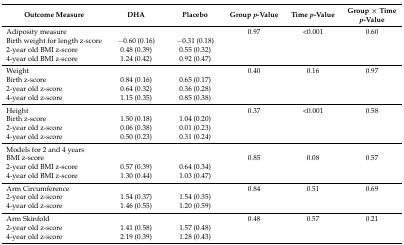
| Outcome Measure | DHA | Placebo | Group p-Value | Time p-Value | Group × Time p-Value |
 | --- | --- | --- | --- | --- | --- |
 | Adiposity measure |  |  | 0.97 | <0.001 | 0.60 |
 | Birth weight for length z-score | −0.60 (0.16) | −0.31 (0.18) |  |  |  |
 | 2-year old BMI z-score | 0.48 (0.39) | 0.55 (0.32) |  |  |  |
 | 4-year old BMI z-score | 1.24 (0.42) | 0.92 (0.47) |  |  |  |
 | Weight |  |  | 0.40 | 0.16 | 0.97 |
 | Birth z-score | 0.84 (0.16) | 0.65 (0.17) |  |  |  |
 | 2-year old z-score | 0.64 (0.32) | 0.36 (0.28) |  |  |  |
 | 4-year old z-score | 1.15 (0.35) | 0.85 (0.38) |  |  |  |
 | Height |  |  | 0.37 | <0.001 | 0.58 |
 | Birth z-score | 1.50 (0.18) | 1.04 (0.20) |  |  |  |
 | 2-year old z-score | 0.06 (0.38) | 0.01 (0.23) |  |  |  |
 | 4-year old z-score | 0.50 (0.23) | 0.31 (0.24) |  |  |  |
 | Models for 2 and 4 years |  |  |  |  |  |
 | BMI z-score |  |  | 0.85 | 0.08 | 0.57 |
 | 2-year old BMI z-score | 0.57 (0.39) | 0.64 (0.34) |  |  |  |
 | 4-year old BMI z-score | 1.30 (0.44) | 1.03 (0.47) |  |  |  |
 | Arm Circumference |  |  | 0.84 | 0.51 | 0.69 |
 | 2-year old z-score | 1.54 (0.37) | 1.54 (0.35) |  |  |  |
 | 4-year old z-score | 1.46 (0.55) | 1.20 (0.59) |  |  |  |
 | Arm Skinfold |  |  | 0.48 | 0.57 | 0.21 |
 | 2-year old z-score | 1.41 (0.58) | 1.57 (0.48) |  |  |  |
 | 4-year old z-score | 2.19 (0.39) | 1.28 (0.43) |  |  |  |